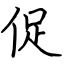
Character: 促